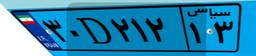
۳۰D۲۱۲۱۳